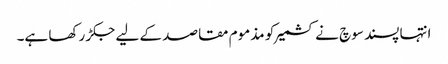
انتہا پسند سوچ نے کشمیر کو مذموم مقاصد کے لیے جکڑ رکھا ہے۔